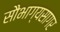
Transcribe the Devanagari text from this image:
सौभाग्यसागर